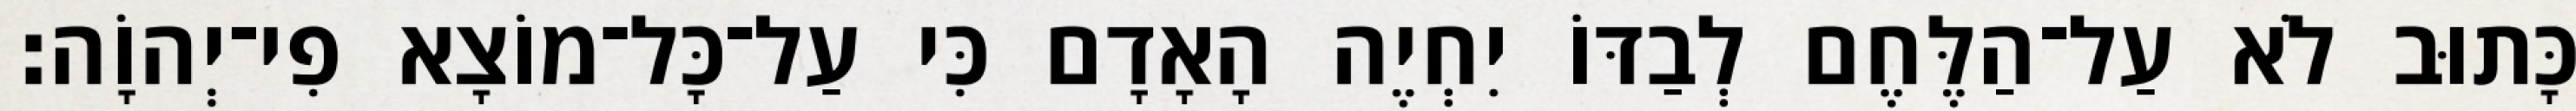
כָּתוּב לֹא עַל־הַלֶּחֶם לְבַדּוֹ יִחְיֶה הָאָדָם כִּי עַל־כָּל־מוֹצָא פִי־יְהוָֹה׃